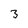
Character: 3